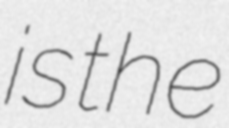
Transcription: is the